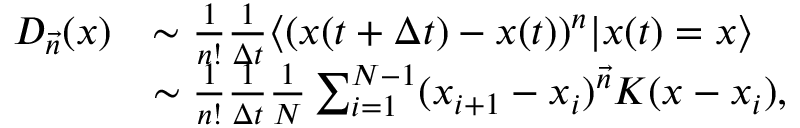
\begin{array} { r l } { D _ { \vec { n } } ( \boldsymbol { x } ) } & { \sim \frac { 1 } { n ! } \frac { 1 } { \Delta t } \langle ( \boldsymbol { x } ( t + \Delta t ) - \boldsymbol { x } ( t ) ) ^ { n } | \boldsymbol { x } ( t ) = \boldsymbol { x } \rangle } \\ & { \sim \frac { 1 } { n ! } \frac { 1 } { \Delta t } \frac { 1 } { N } \sum _ { i = 1 } ^ { N - 1 } ( \boldsymbol { x } _ { i + 1 } - \boldsymbol { x } _ { i } ) ^ { \vec { n } } K ( \boldsymbol { x } - \boldsymbol { x } _ { i } ) , } \end{array}